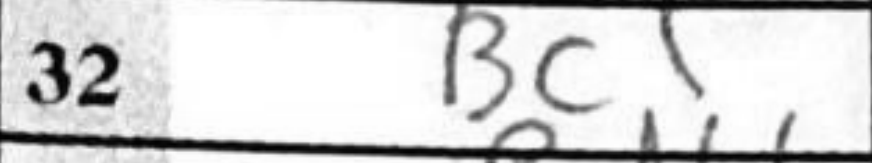
Transcription: Bc1